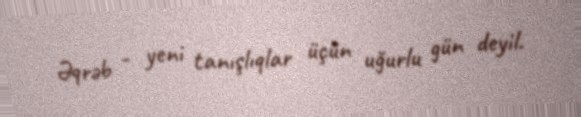
Əqrəb - yeni tanışlıqlar üçün uğurlu gün deyil.